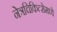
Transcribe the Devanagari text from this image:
नेत्रचिकित्सेमध्ये